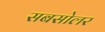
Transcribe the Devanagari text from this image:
सबसोलर